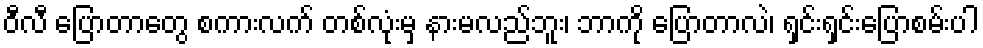
ဝီလီ ပြောတာတွေ စကားလက် တစ်လုံးမှ နားမလည်ဘူး၊ ဘာကို ပြောတာလဲ၊ ရှင်းရှင်းပြောစမ်းပါ